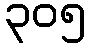
၃၀၅